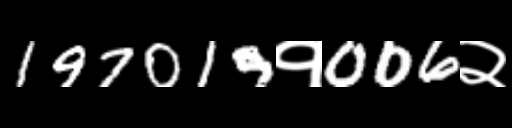
Text: 197019१006२